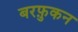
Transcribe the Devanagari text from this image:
बरफ़ुकन